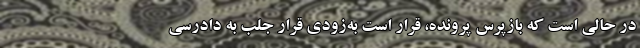
در حالی است که بازپرس پرونده، قرار است به‌زودی قرار جلب به دادرسی